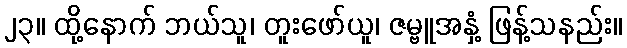
၂၃။ ထို့နောက် ဘယ်သူ၊ တူးဖော်ယူ၊ ဇမ္ဗူအနှံ့ ဖြန့်သနည်း။